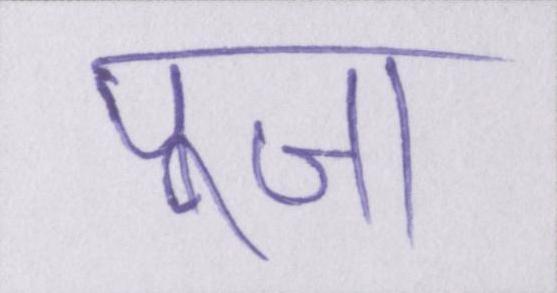
पूजा